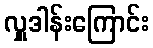
လှူဒါန်းကြောင်း